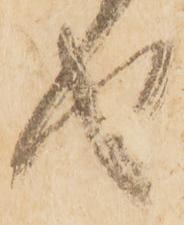
せ